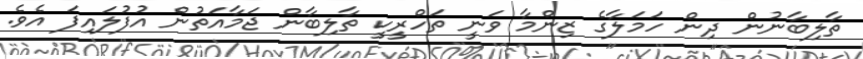
ތާލިބާނުން ދިން ހަމަލާގެ ޒިންމާ ވަނީ ތަހްރީކީ ތާލިބާން ޖަމާއަތުން އުފުލައިފަ އެވެ.